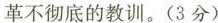
革不彻底的教训。(3分)